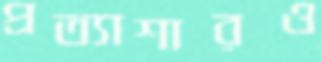
প্রত্যাশারও